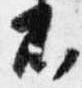
不